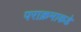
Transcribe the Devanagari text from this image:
पराक्रमाकडे